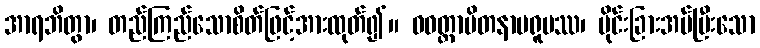
အာရဘိတွာ၊ တည်ကြည်သောစိတ်ဖြင့်အားထုတ်၍။ ဝဝတ္ထာပိတနာမရူပဿ၊ ပိုင်းခြားအပ်ပြီးသော